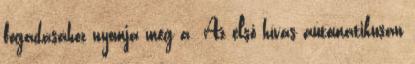
fogadásához nyomja meg a Az első hívás automatikusan